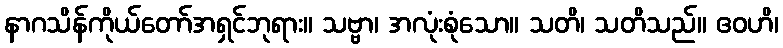
နာဂသိန်ကိုယ်တော်အရှင်ဘုရား။ သဗ္ဗာ၊ အလုံးစုံသော။ သတိ၊ သတိသည်။ ဧဝဟိ၊